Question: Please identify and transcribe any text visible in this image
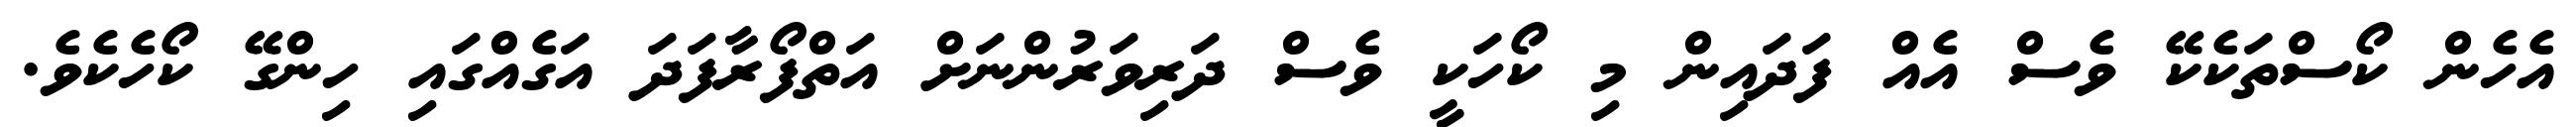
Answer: އެހެން ކޯސްތަކެކޭ ވެސް އެއް ފަދައިން މި ކޯހަކީ ވެސް ދަރިވަރުންނަށް އަތްފޯރާފަދަ އަގެއްގައި ހިންގޭ ކޯހެކެވެ.